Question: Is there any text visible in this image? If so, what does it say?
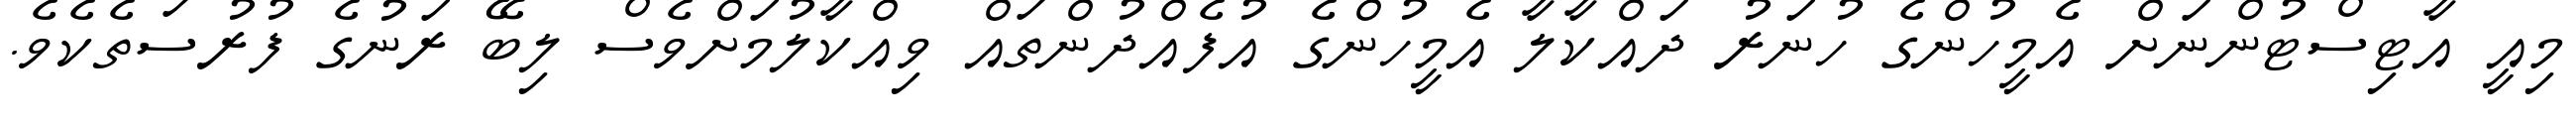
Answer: މިއީ އާޓިސްޓުންނަށް އެމީހުންގެ ހުނަރު ދައްކާލާ އެމީހުންގެ އުފެއްދުންތައް ވިއްކާލުމަށްވެސް ލިބޭ ރަނުގެ ފުރުސަތެކެވެ.